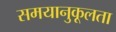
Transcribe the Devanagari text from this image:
समयानुकूलता